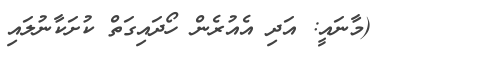
٥٨ (މާނައީ: އަދި އެއުރެން ހޯދައިގަތް ކުށަކާނުލައި